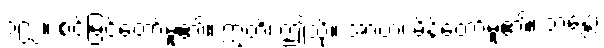
၁၉၂။ စင်မြင်တော်မူ၏။ ဣတိ၊ ဤသို့။ အာဟ၊ မိန့်တော်မူ၏။ ဘန္တေ၊